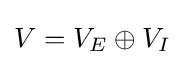
V=V_{E}\oplus V_{I}